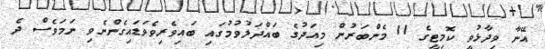
އޭނާ ވިދާޅުވީ ކޮމިޓީގެ 11 މެންބަރުން މިއަދުގެ ބައްދަލުވުމުގައި ބައިވެރިވެވަޑައިގެންނެވި ނަމަވެސް ދެ